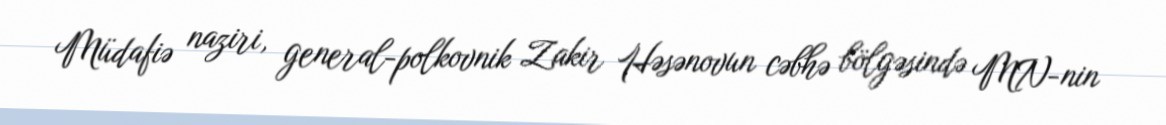
Müdafiə naziri, general-polkovnik Zakir Həsənovun cəbhə bölgəsində MN-nin